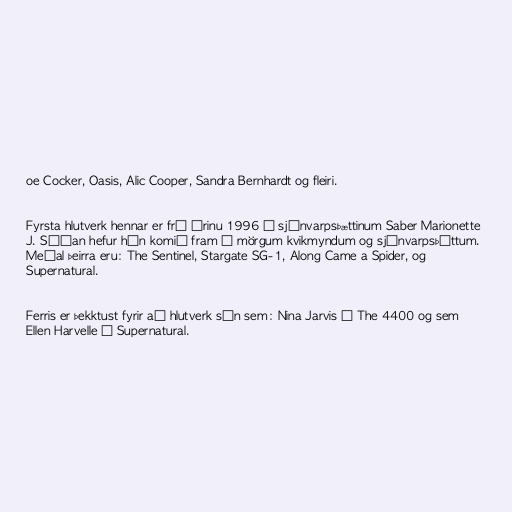
oe Cocker, Oasis, Alic Cooper, Sandra Bernhardt og fleiri.

Fyrsta hlutverk hennar er frá árinu 1996 í sjónvarpsþættinum Saber Marionette
J. Síðan hefur hún komið fram í mörgum kvikmyndum og sjónvarpsþáttum.
Meðal þeirra eru: The Sentinel, Stargate SG-1, Along Came a Spider, og
Supernatural.

Ferris er þekktust fyrir að hlutverk sín sem: Nina Jarvis í The 4400 og sem
Ellen Harvelle í Supernatural.